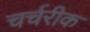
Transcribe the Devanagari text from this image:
चर्चरीक